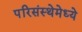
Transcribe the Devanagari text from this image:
परिसंस्थेमेध्ये